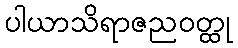
ပါယာသိရာဇညဝတ္ထု